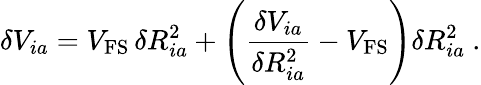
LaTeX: \delta V_{ia}=V_{\mathrm{FS}}\, \delta R_{ia}^{2}+\left(\frac{\delta V_{ia}}{\delta R_{ia}^{2}}-V_{\mathrm{FS}}\right)\delta R_{ia}^{2}\ .